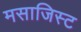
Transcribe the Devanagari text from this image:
मसाजिस्ट